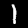
Digit: 1